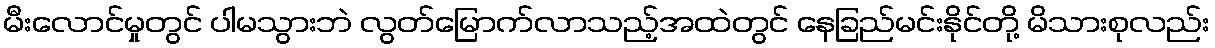
မီးလောင်မှုတွင် ပါမသွားဘဲ လွတ်မြောက်လာသည့်အထဲတွင် နေခြည်မင်းနိုင်တို့ မိသားစုလည်း